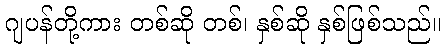
ဂျပန်တို့ကား တစ်ဆို တစ်၊ နှစ်ဆို နှစ်ဖြစ်သည်။